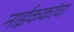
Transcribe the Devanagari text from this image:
नाईककांचा